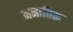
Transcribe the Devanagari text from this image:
मनातिक़